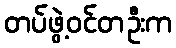
တပ်ဖွဲ့ဝင်တဦးက